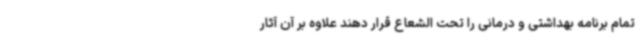
تمام برنامه بهداشتی و درمانی را تحت الشعاع قرار دهند علاوه بر آن آثار